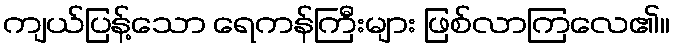
ကျယ်ပြန့်သော ရေကန်ကြီးများ ဖြစ်လာကြလေ၏။